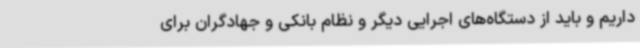
داریم و باید از دستگاه‌های اجرایی دیگر و نظام بانکی و جهادگران برای